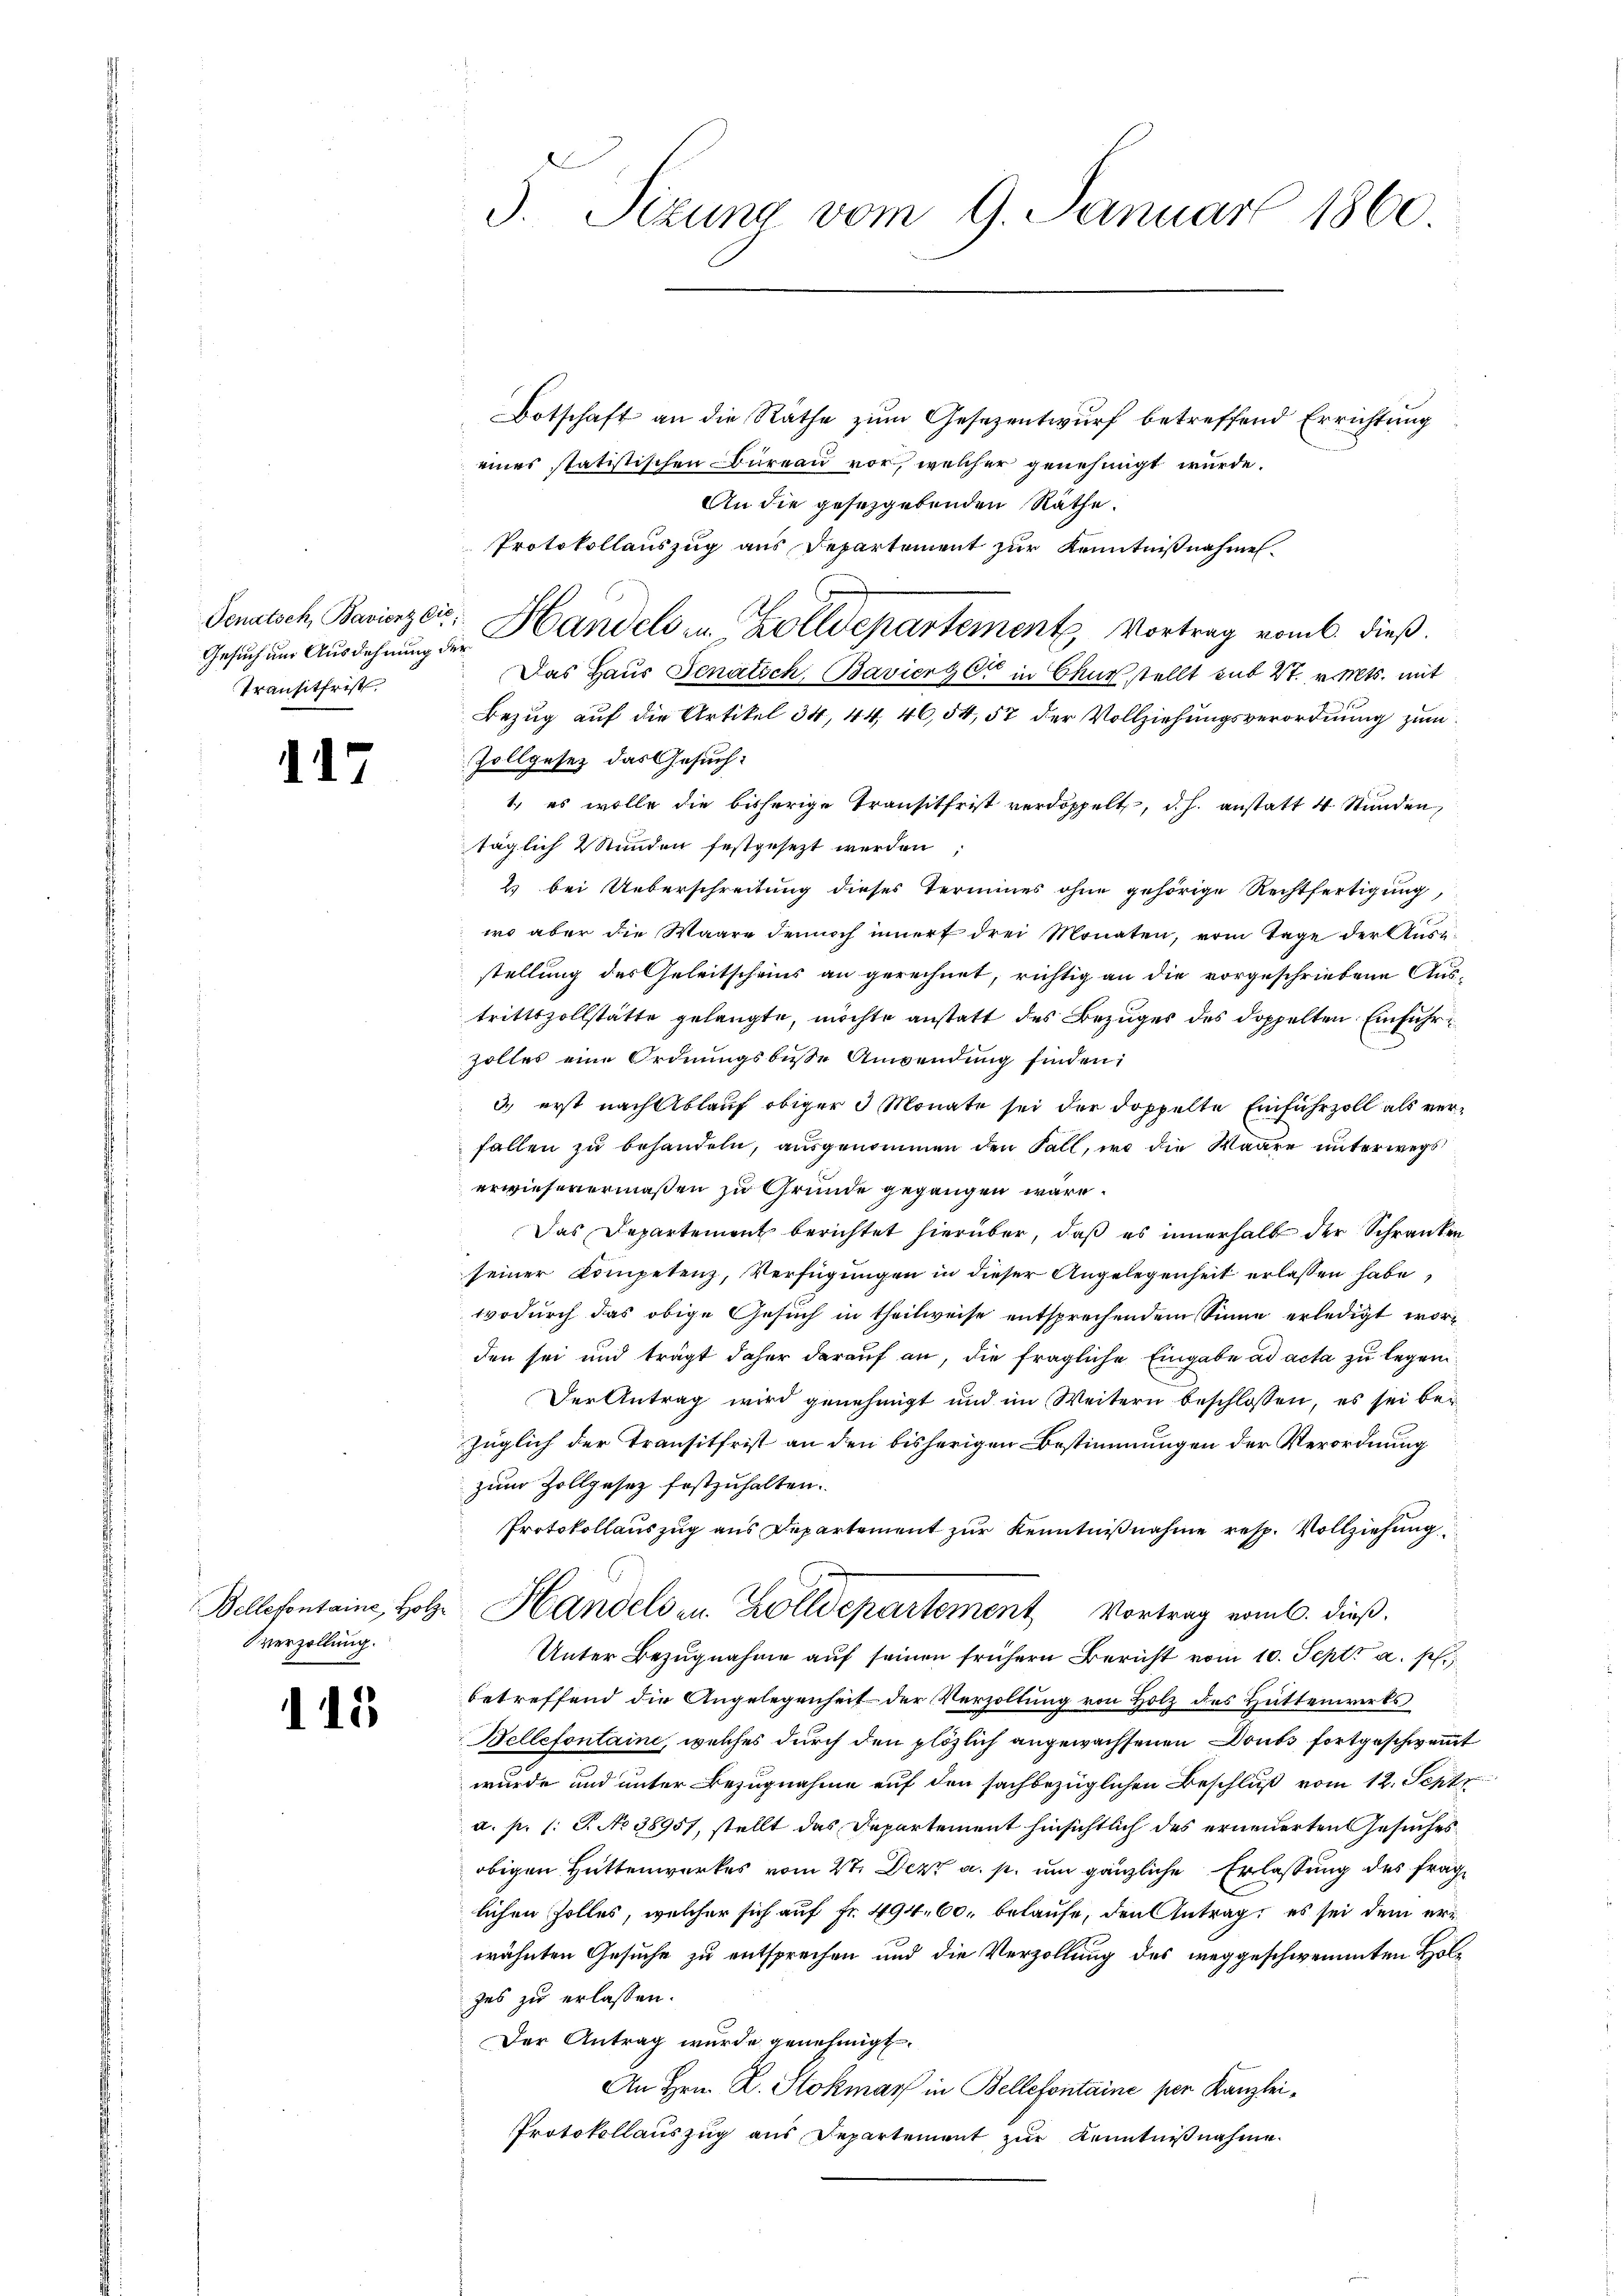
Gesuch um Ausdehnung der
Transitfrist.

117

Bellefontaine, Holzverzollung.

115

5. Sizung vom 9. Januar 1860

Botschaft an die Räthe zum Gesezentwurf betreffend Errichtung
eines statistischen Büreau vor, welcher genehmigt wurde.
An die gesetzgebenden Räthe.
Das Haus Senatsch Bavierzer in Chur stellt sub 27. v. Mts. mit
Bezug auf die Artikel 34, 44, 46, 54, 57 der Vollziehungsverordnung zum
Zollgesez das Gesuch:
1., es wolle die bisherige Transitfrist verdoppelt, d. h. anstatt 4 Stunden,
täglich 2 Stunden festgesezt werden;
2) bei Ueberschreitung dieses Termines ohne gehörige Rechtfertigung,
wo aber die Waare dennoch innert drei Monaten, vom Tage der Aus-
stellung des Geleitscheins an gerechnet, richtig an die vorgeschriebene Aus-
trittszollstätte gelangte, möchte anstatt des Bezuges des doppelten Einführzolles eine Ordnungsbuße Anwendung finden;
3.) erst nach Ablauf obiger 3 Monate sei der doppelte Einfuhrzoll als verfallen zu behandeln, ausgenommen den Fall, wo die Waare unterwegs
erwiesenermaßen zu Grunde gegangen wäre.
Das Departement berichtet hierüber, daß es innerhalb der Schranken
seiner Kompetenz, Verfügungen in dieser Angelegenheit erlassen habe,
wodurch das obige Gesuch in theilweise entsprechendem Sinne erledigt worden sei und trägt daher darauf an, die fragliche Eingabe ad acta zu legen
Der Antrag wird genehmigt und im Weitern beschlossen, es sei bei
züglich der Transitfrist an den bisherigen Bestimmungen der Verordnung
zum Zollgesetz festzuhalten.
Protokollauszug aus Departement zur Kenntnißnahme resp. Vollziehung
Handels in Zolldepartement, Vortrag vom 6. dieß.
Unter Bezugnahme aŭf seinen frühern Bericht vom 10. Sept. a. p.
betreffend die Angelegenheit der Verzoltung von Holz des Hüttenwirts
Bellefontaine, welches durch den plözlich angewachsenen Doubs fortgeschwemwurde und unter Bezugnahme auf den sachbezüglichen Beschluß vom 12. Sept
a. p. (: P. No 38957, stellt das Departement hinsichtlich des erneuerten Gesuches
obigen Hüttenwerkes vom 27. Dez. a. p. um gänzliche Erlassung des fraglichen Zolles, welcher sich auf Fr. 494. 60. belaufe, den Antrag, es sei dem erwähnten Gesuche zu entsprechen und die Verzollung des weggeschwemmten Holzes zu erlassen.
Der Antrag wurde genehmigt.
An Hrn. D. Stokmar in Bellefontaine per Kanzlei¬
Protokollauszug aus Departement zŭr Kenntniβnahme.

Protokollauszug aus Departement zur Kenntnißnahme
Senatsch Bavierzei- Handels zu Zolldepartement Vortrag vom 6. dieß.